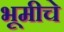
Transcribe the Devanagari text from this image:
भूमीचे